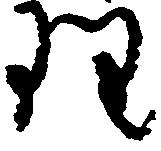
理